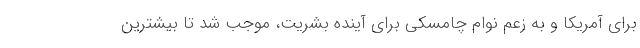
برای آمریکا و به زعم نوام چامسکی برای آینده بشریت، موجب شد تا بیشترین